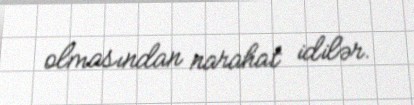
olmasından narahat idilər.